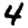
Digit: 4